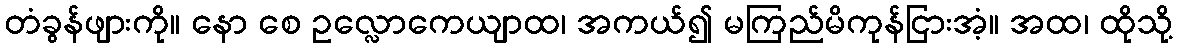
တံခွန်ဖျားကို။ နော စေ ဥလ္လောကေယျာထ၊ အကယ်၍ မကြည်မိကုန်ငြားအံ့။ အထ၊ ထိုသို့